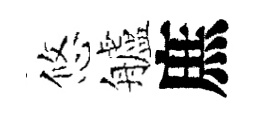
悠艫庶